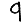
Digit: 9